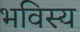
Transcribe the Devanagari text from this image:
भविस्य